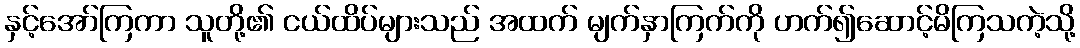
နှင့်အော်ကြကာ သူတို့၏ ငယ်ထိပ်များသည် အထက် မျက်နှာကြက်ကို ဟက်၍ဆောင့်မိကြသကဲ့သို့